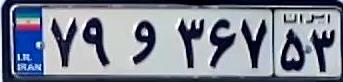
۷۹و۳۶۷۵۳